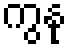
ကွနု